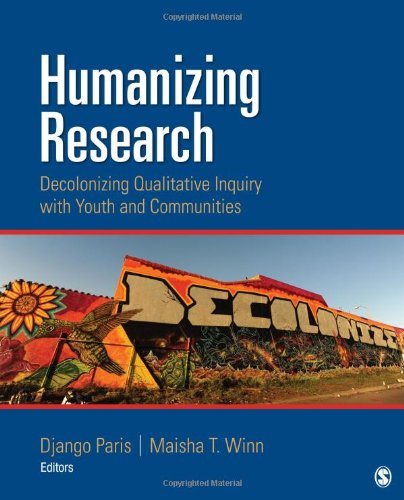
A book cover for Humanizing Research: Decolonizing Qualitative Inquiry With Youth and Communities; Science & Math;